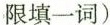
填一词)